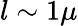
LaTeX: l\sim 1\mu